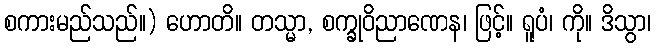
စကားမည်သည်။) ဟောတိ။ တသ္မာ, စက္ခုဝိညာဏေန၊ ဖြင့်။ ရူပံ၊ ကို။ ဒိသွာ၊